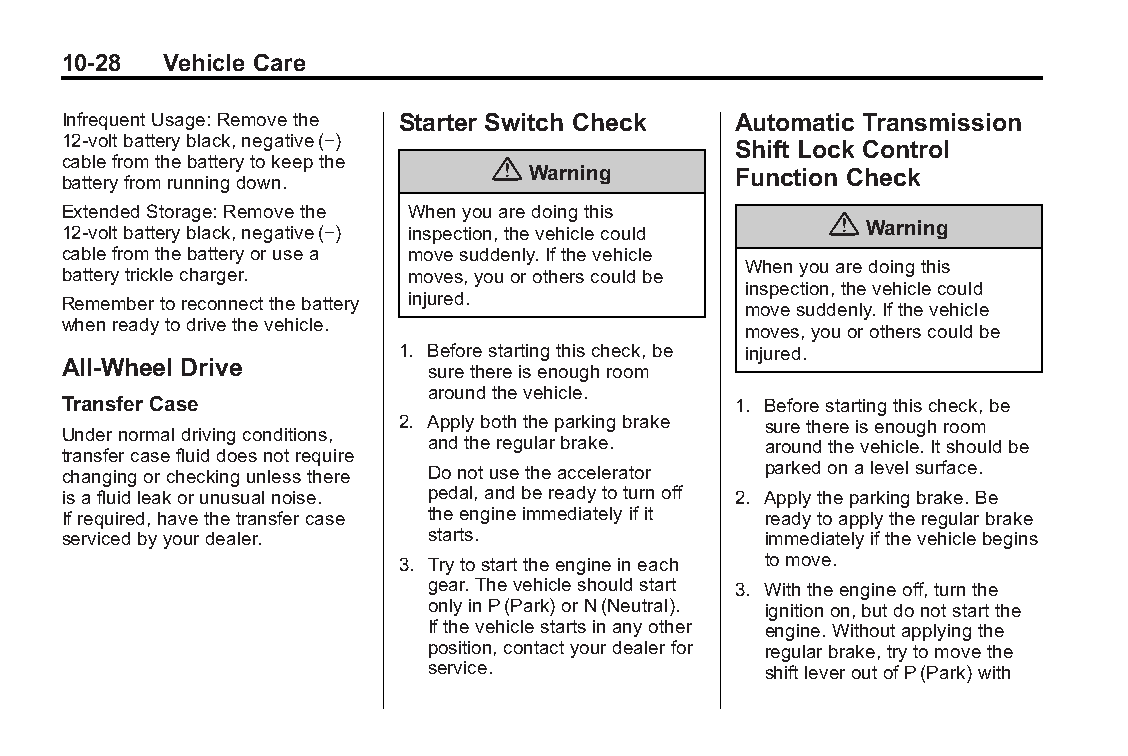
Buick LaCrosse Owner Manual (GMNA-Localizing-U.S./Canada/Mexico- Blackplate(28,1)
 6043609)-2014-2ndEdition-10/17/13
 10-28  Vehicle Care
 InfrequentUsage:Removethe Starter Switch Check Automatic Transmission
 12-voltbatteryblack,negative(−)
 Shift Lock Control
 cablefromthebatterytokeepthe {
 Warning      Function Check
 batteryfromrunningdown.
 ExtendedStorage:Removethe Whenyouaredoingthis
 {
 12-voltbatteryblack,negative(−) inspection,thevehiclecould Warning
 cablefromthebatteryorusea movesuddenly.Ifthevehicle
 Whenyouaredoingthis
 batterytricklecharger. moves,youorotherscouldbe
 inspection,thevehiclecould
 Remembertoreconnectthebattery injured.       movesuddenly.Ifthevehicle
 whenreadytodrivethevehicle.
 moves,youorotherscouldbe
 1. Beforestartingthischeck,be injured.
 All-Wheel Drive
 surethereisenoughroom
 aroundthevehicle.
 Transfer Case                               1. Beforestartingthischeck,be
 2. Applyboththeparkingbrake surethereisenoughroom
 Undernormaldrivingconditions,
 andtheregularbrake.   aroundthevehicle.Itshouldbe
 transfercasefluiddoesnotrequire
 changingorcheckingunlessthere Donotusetheaccelerator parkedonalevelsurface.
 isafluidleakorunusualnoise. pedal,andbereadytoturnoff 2. Applytheparkingbrake.Be
 Ifrequired,havethetransfercase theengineimmediatelyifit readytoapplytheregularbrake
 servicedbyyourdealer.   starts.               immediatelyifthevehiclebegins
 3. Trytostarttheengineineach tomove.
 gear.Thevehicleshouldstart 3. Withtheengineoff,turnthe
 onlyinP(Park)orN(Neutral). ignitionon,butdonotstartthe
 Ifthevehiclestartsinanyother engine.Withoutapplyingthe
 position,contactyourdealerfor regularbrake,trytomovethe
 service.              shiftleveroutofP(Park)with